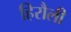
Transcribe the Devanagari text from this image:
हिरौली